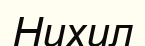
Нихил